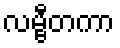
လမ္ဗီတကာ